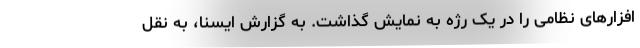
افزارهای نظامی را در یک رژه به نمایش گذاشت. به گزارش ایسنا، به نقل